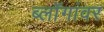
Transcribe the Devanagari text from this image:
ब्लॉगांवर